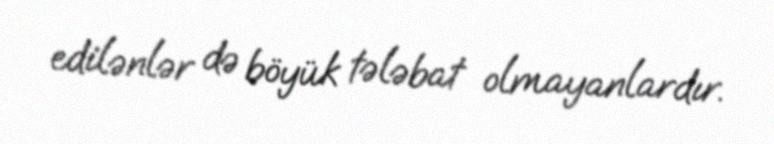
edilənlər də böyük tələbat olmayanlardır.